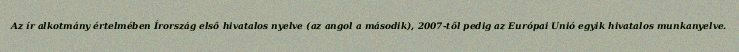
Az ír alkotmány értelmében Írország első hivatalos nyelve (az angol a második), 2007-től pedig az Európai Unió egyik hivatalos munkanyelve.